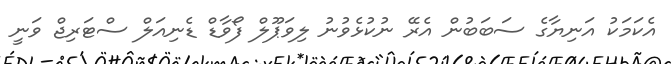
އެކަމަކު އަނިޔާގެ ސަބަބުން އެރޭ ނުކުޅެވުނު ލިވަޕޫލް ފޯވާޑް ޑެނިއަލް ސްޓަރިޖް ވަނީ